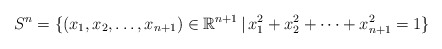
\begin{align*}S^n = \{ (x_1, x_2, \dots, x_{n+1} )\in \mathbb R^{n+1} \, | \, x_1^2 + x_2^2+ \dots + x_{n+1}^2 = 1\}\end{align*}